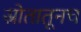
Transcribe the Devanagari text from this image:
स्रोतातूनच